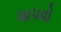
માપવો